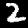
Digit: 2